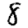
Digit: 8